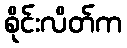
စိုင်းလိတ်က